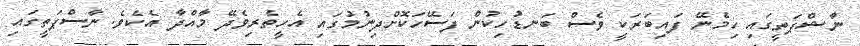
ނާޝްޕަތީގައި ހިމެނޭ ފައިބަރަކީ ވެސް ބަނޑުހިކުން ފަސޭހަކޮށްދިނުމުގައި އެހީތެރިވެދޭ މާއްދާ އެކެވެ. ނާސްޕަތީގައި